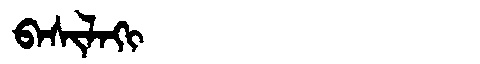
Manchu: ᠪᠠᠰᡳᠯᠠᡴᡳ
Romanization: BASILAKI